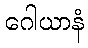
ဂေါယာနံ